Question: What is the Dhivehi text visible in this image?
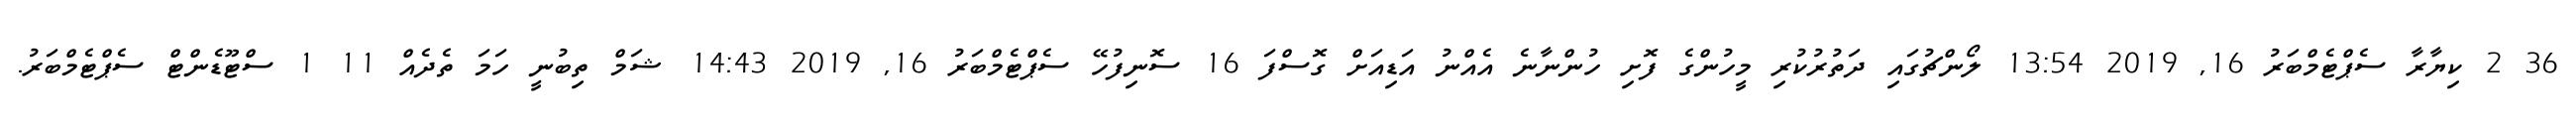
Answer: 36 2 ކިޔާރާ ސެޕްޓެމްބަރު 16, 2019 13:54 ލޯންޗުގައި ދަތުރުކުރި މީހުންގެ ފޮށި ހުންނާނެ އެއްނު އަޑިއަށް ގޮސްފަ 16 ސޮނިފުހޭ ސެޕްޓެމްބަރު 16, 2019 14:43 ޝަމް ތިބުނީ ހަމަ ތެދެއް 11 1 ސްޓޫޑެންޓް ސެޕްޓެމްބަރު.